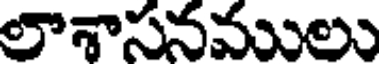
లాశాసనములు